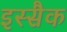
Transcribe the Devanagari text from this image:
इस्सैक